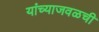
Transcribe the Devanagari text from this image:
यांच्याजवळची